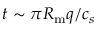
t \sim \pi R _ { \mathrm { m } } q / c _ { s }